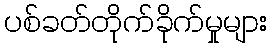
ပစ်ခတ်တိုက်ခိုက်မှုများ